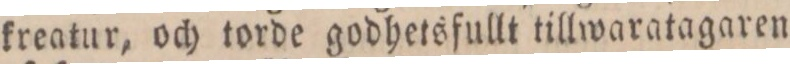
kreatur, och torde godhetsfullt tillwaratagaren